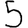
Digit: 5